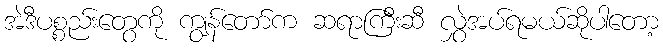
အဲဒီပစ္စည်းတွေကို ကျွန်တော်က ဆရာကြီးဆီ လွှဲအပ်ရမယ်ဆိုပါတော့